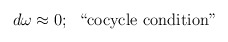
\begin{align*}d \omega \approx 0; \;\; \hbox{``cocycle condition"}\end{align*}